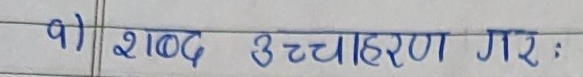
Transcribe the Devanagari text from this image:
शब्द उच्चारण गर: